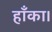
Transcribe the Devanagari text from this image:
हाँका।